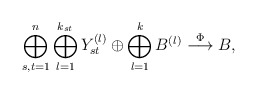
\begin{align*}\bigoplus_{s,t=1}^n\bigoplus_{l=1}^{k_{st}} Y_{st}^{(l)}\oplus \bigoplus_{l=1}^{k} B^{(l)}\overset{\Phi}{\longrightarrow} B,\end{align*}